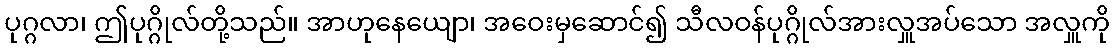
ပုဂ္ဂလာ၊ ဤပုဂ္ဂိုလ်တို့သည်။ အာဟုနေယျော၊ အဝေးမှဆောင်၍ သီလဝန်ပုဂ္ဂိုလ်အားလှူအပ်သော အလှူကို